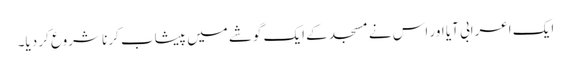
ایک اعرابی آیا اور اس نے مسجد کے ایک گوشے میں پیشاب کرنا شروع کر دیا۔